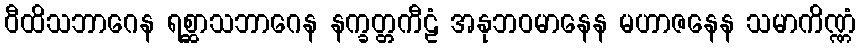
ဝီထိသဘာဂေန ရစ္ဆာသဘာဂေန နက္ခတ္တကီဠံ အနုဘဝမာနေန မဟာဇနေန သမာကိဏ္ဏံ